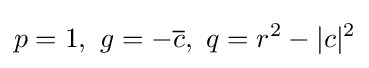
p=1,\ g=-{\overline {c}},\ q=r^{2}-|c|^{2}